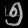
Digit: ၅